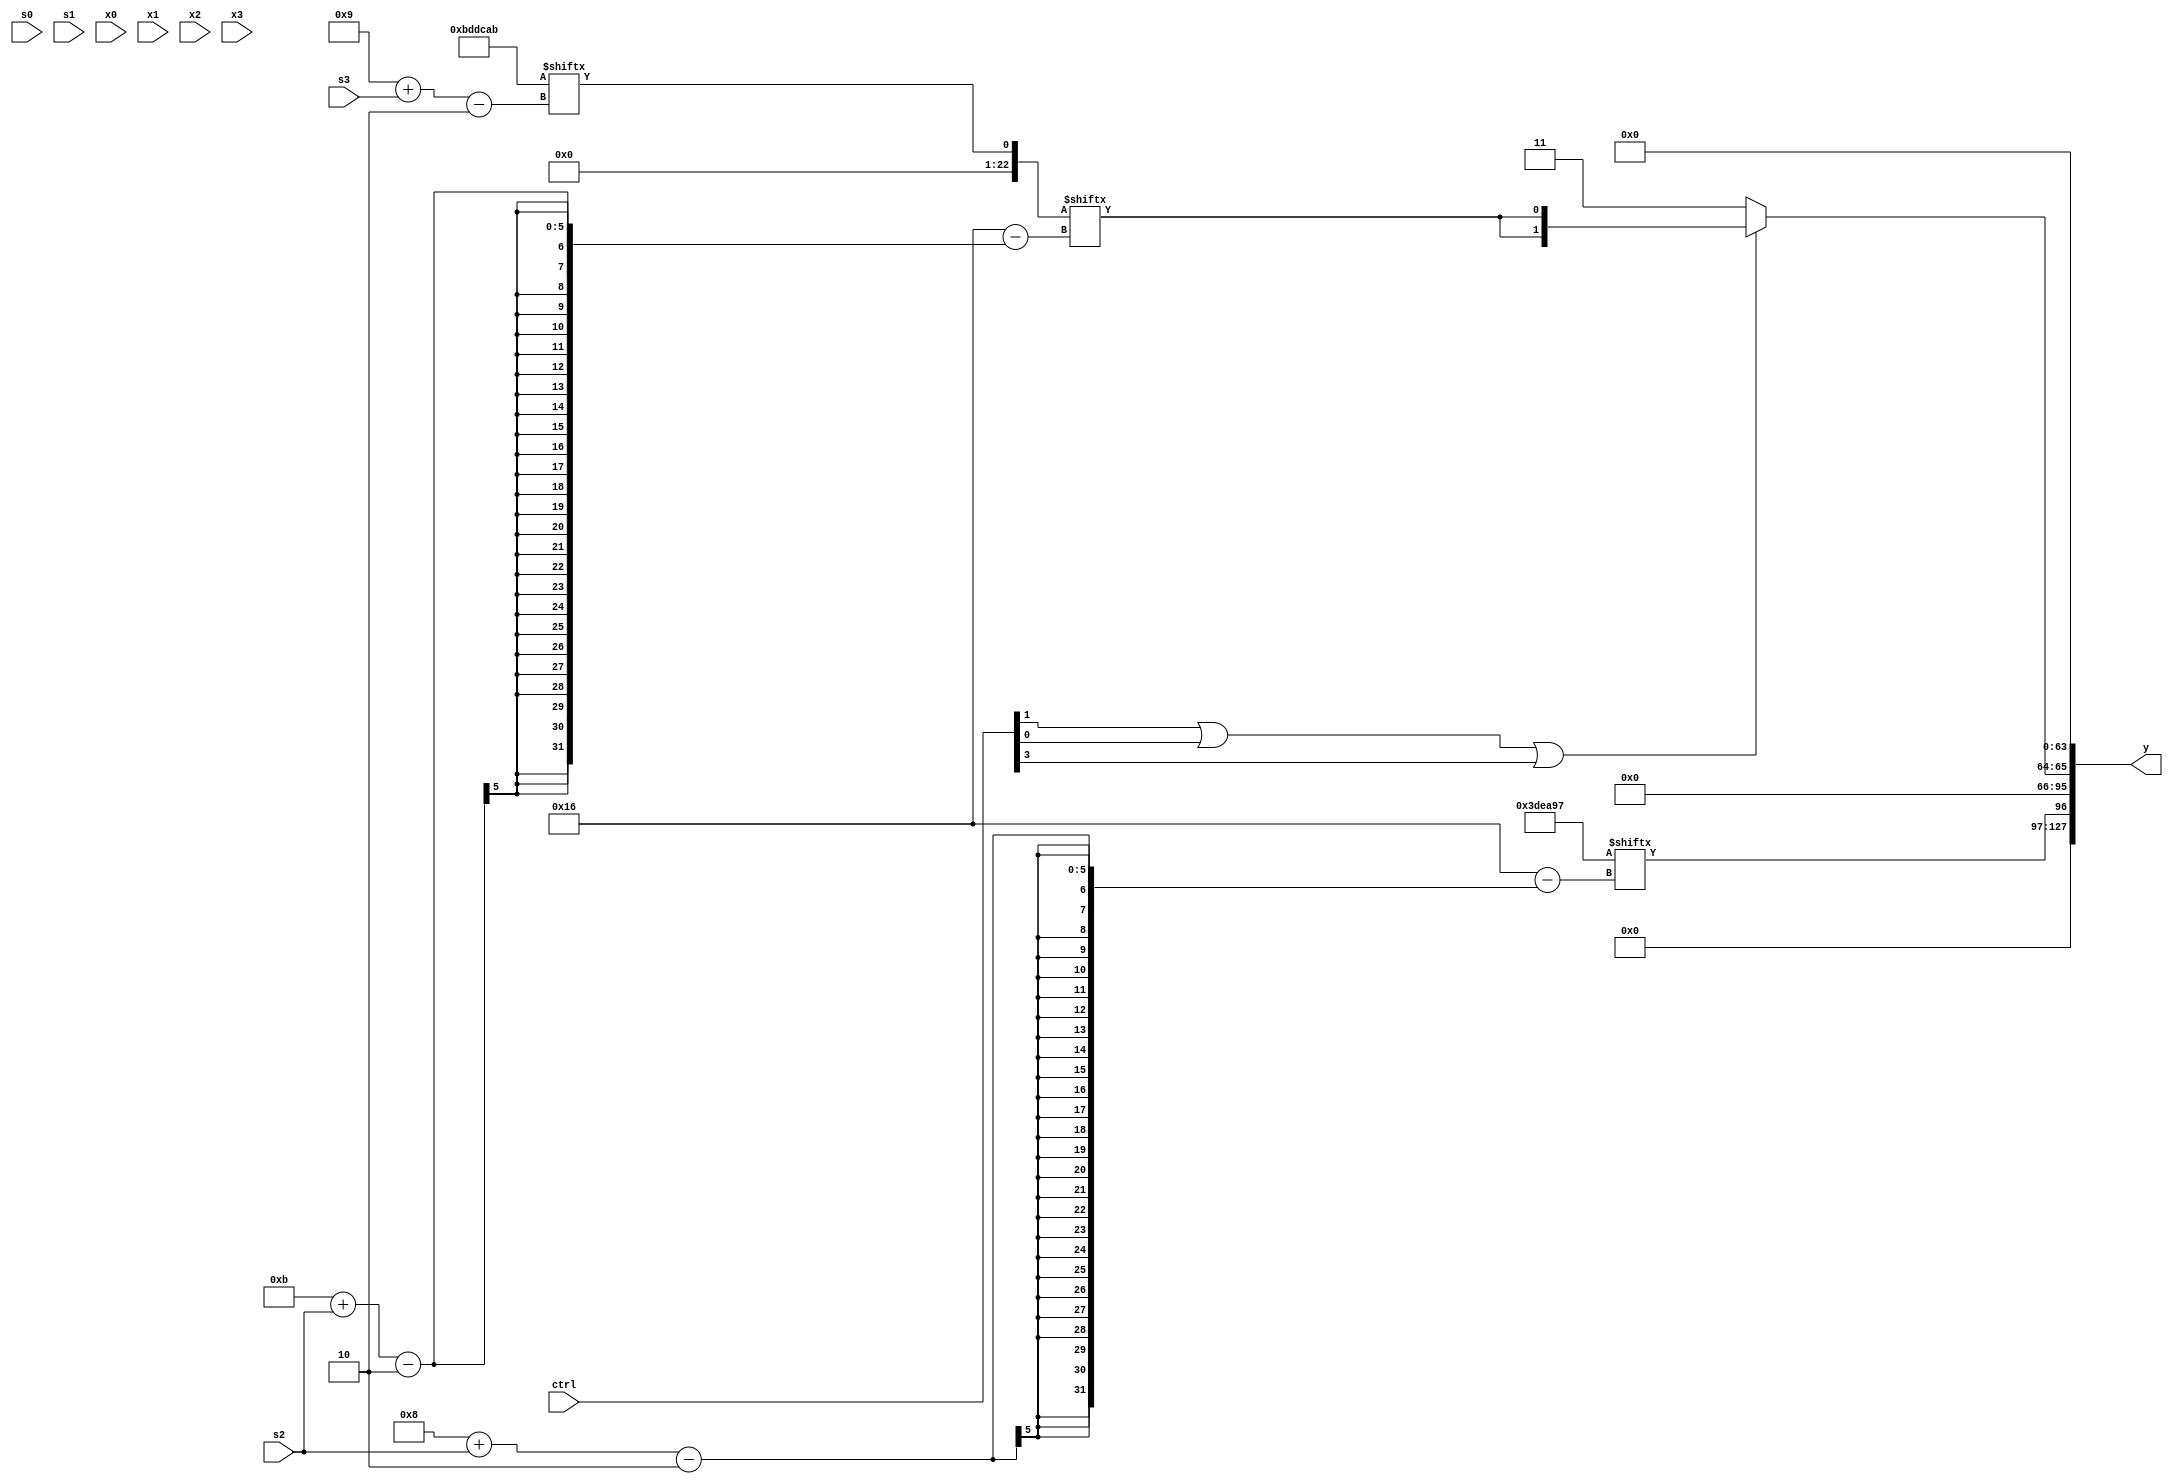
module partsel_00042(ctrl, s0, s1, s2, s3, x0, x1, x2, x3, y);
  input [3:0] ctrl;
  input [2:0] s0;
  input [2:0] s1;
  input [2:0] s2;
  input [2:0] s3;
  input signed [31:0] x0;
  input [31:0] x1;
  input [31:0] x2;
  input signed [31:0] x3;
  wire [2:24] x4;
  wire signed [2:24] x5;
  wire [1:25] x6;
  wire [3:25] x7;
  wire [26:5] x8;
  wire signed [1:31] x9;
  wire signed [1:27] x10;
  wire [30:7] x11;
  wire signed [28:3] x12;
  wire [29:4] x13;
  wire [0:30] x14;
  wire [0:25] x15;
  output [127:0] y;
  wire signed [31:0] y0;
  wire [31:0] y1;
  wire [31:0] y2;
  wire signed [31:0] y3;
  assign y = {y0,y1,y2,y3};
  localparam [2:24] p0 = 901638807;
  localparam signed [26:3] p1 = 194293800;
  localparam signed [25:2] p2 = 465427627;
  localparam signed [2:25] p3 = 530054821;
  assign x4 = (x0[16 + s1] & {p1[21 + s2 +: 8], x0[5 + s1]});
  assign x5 = p2[9 + s3];
  assign x6 = {(p1[16 +: 2] | p2[11 +: 2]), (((!ctrl[3] && !ctrl[3] && ctrl[2] ? x0 : {p0[20], p1[23 -: 4]}) + x4[9 + s3 -: 3]) + x4)};
  assign x7 = (({p2, p2[17 +: 1]} - p1[8 + s3 +: 7]) ^ p0[9]);
  assign x8 = {p2[22], x7[20 + s2 -: 3]};
  assign x9 = p2[7 + s0];
  assign x10 = {{(p0[23 -: 1] & x5), (p2[4 + s2] - ({x2[18 + s2], x5[17 +: 3]} & {2{p1[8 + s3]}}))}, {2{(({2{(x5[17 + s3 -: 7] - p0[1 + s1 -: 7])}} - {2{p1}}) | {x5[19 + s3 -: 1], (x4[12] - x5[9])})}}};
  assign x11 = x3[8];
  assign x12 = (ctrl[1] && !ctrl[3] && !ctrl[0] ? p3 : p3[8]);
  assign x13 = p0[11 +: 3];
  assign x14 = p0[10 +: 2];
  assign x15 = p1[22 + s0 +: 1];
  assign y0 = p0[8 + s2];
  assign y1 = (ctrl[1] || ctrl[0] || ctrl[3] ? {2{x5[11 + s2]}} : p1[15 +: 2]);
  assign y2 = x9[9];
  assign y3 = x5[20 -: 3];
endmodule